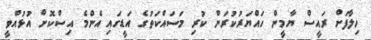
ހިލާފަށް ރައީސް ޔާމީން ހައްޔަރުކުރަން ކުރި މަސައްކަތުގެ އަޑީގައި އެންމެ އިސްކޮށް އުޅުއްވީ